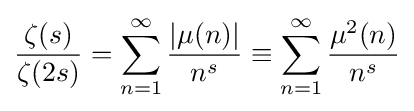
{\frac {\zeta (s)}{\zeta (2s)}}=\sum _{n=1}^{\infty }{\frac {|\mu (n)|}{n^{s}}}\equiv \sum _{n=1}^{\infty }{\frac {\mu ^{2}(n)}{n^{s}}}